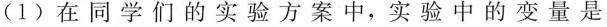
(1)在同学们的实验方案中，实验中的变量是